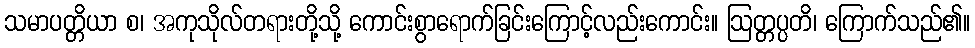
သမာပတ္တိယာ စ၊ အကုသိုလ်တရားတို့သို့ ကောင်းစွာရောက်ခြင်းကြောင့်လည်းကောင်း။ ဩတ္တပ္ပတိ၊ ကြောက်သည်၏။